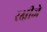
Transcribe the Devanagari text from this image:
रक्षीजे